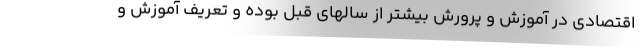
اقتصادی در آموزش و پرورش بیشتر از سالهای قبل بوده و تعریف آموزش و